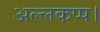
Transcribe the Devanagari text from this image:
अल्लकप्प।